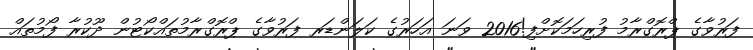
ފަރުވާގެ ޕްރޮގްރާމު ފުރިހަމަކޮށްފި!2016 ވަނަ އަހަރުގެ ކަލަންޑަރ ފަރުވާގެ ޕްރޮގްރާމުތައްކޯޓުން ދޫކުރާ ފޯމުތައް